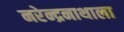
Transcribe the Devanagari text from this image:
नरेन्द्रनाथाला